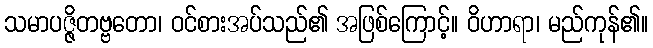
သမာပဇ္ဇိတဗ္ဗတော၊ ဝင်စားအပ်သည်၏ အဖြစ်ကြောင့်။ ဝိဟာရာ၊ မည်ကုန်၏။